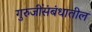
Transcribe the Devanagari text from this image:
गुरुजींसंबंधातील